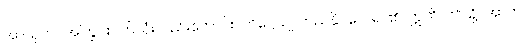
အာယုကပ်အကြွင်းပတ်လုံးလည်းကောင်း။ တိဋ္ဌေယျ၊ တည်နိုင်လေရာ၏။ ဣတိ၊ ဤသို့။ အာဟ၊